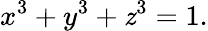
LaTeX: x^{3}+y^{3}+\mathit{z}^{3}=1.